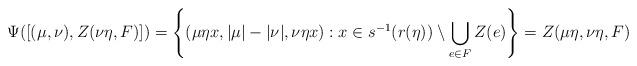
LaTeX: \begin{align*} \Psi([(\mu,\nu),Z(\nu\eta,F)])=\left\{(\mu\eta x,|\mu|-|\nu|,\nu\eta x):x\in s^{-1}(r(\eta))\setminus\bigcup_{e\in F}Z(e)\right\}=Z(\mu\eta,\nu\eta,F)\end{align*}